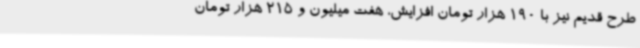
طرح قدیم نیز با 190 هزار تومان افزایش، هفت میلیون و 215 هزار تومان